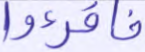
فاقرءوا